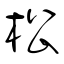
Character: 松